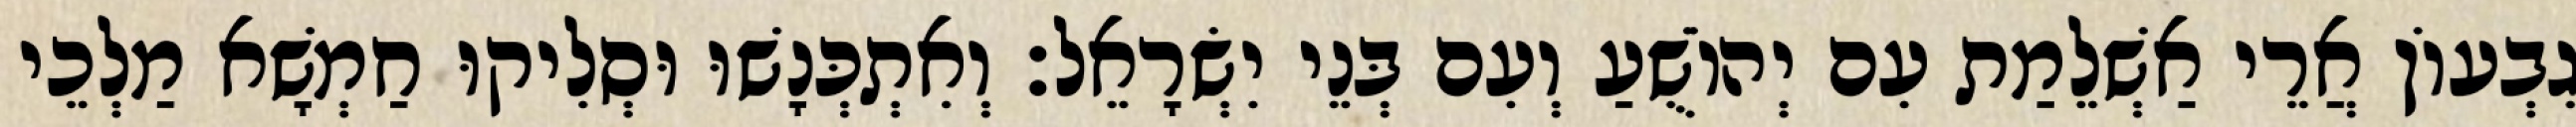
גִבְעוֹן אֲרֵי אַשְׁלֵמַת עִם יְהוֹשֻׁעַ וְעִם בְּנֵי יִשְׂרָאֵל׃ וְאִתְכְּנָשׁוּ וּסְלִיקוּ חַמְשָׁא מַלְכֵי